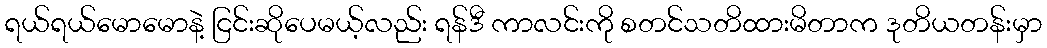
ရယ်ရယ်မောမောနဲ့ ငြင်းဆိုပေမယ့်လည်း ရန်ဒီ ကာလင်းကို စတင်သတိထားမိတာက ဒုတိယတန်းမှာ